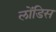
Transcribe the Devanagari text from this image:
लोंडिस